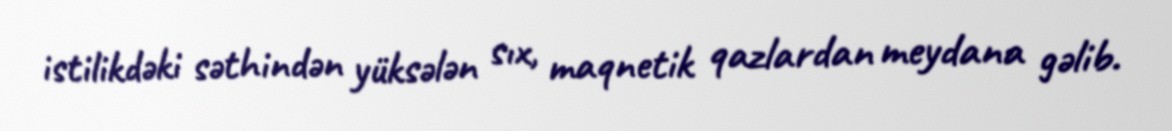
istilikdəki səthindən yüksələn sıx, maqnetik qazlardan meydana gəlib.